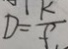
D = \frac { k } { f }